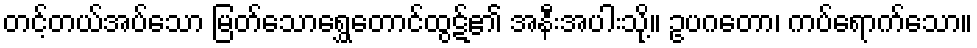
တင့်တယ်အပ်သော မြတ်သောရွှေတောင်ထွဋ်၏ အနီးအပါးသို့။ ဥပဂတော၊ ကပ်ရောက်သော။